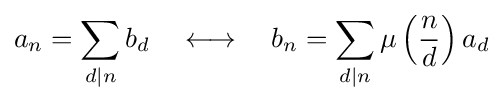
a_{n}=\sum _{d|n}b_{d}\quad \longleftrightarrow \quad b_{n}=\sum _{d|n}\mu \left({\frac {n}{d}}\right)a_{d}